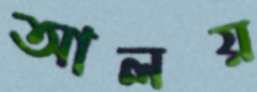
আলয়